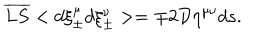
LaTeX: \overline { { { L S } } } < d \xi _ { \pm } ^ { \mu } d \xi _ { \pm } ^ { \nu } > = \mp 2 { \cal D } \eta ^ { \mu \nu } d s .